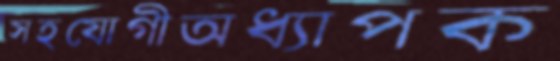
সহযোগীঅধ্যাপক